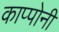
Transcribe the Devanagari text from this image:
काप्पोनी